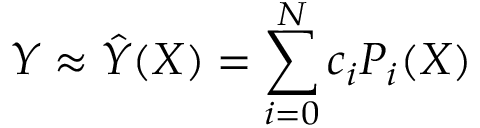
Y \approx \hat { Y } ( X ) = \sum _ { i = 0 } ^ { N } c _ { i } P _ { i } ( X )